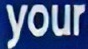
your